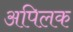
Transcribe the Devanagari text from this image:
अपिलक